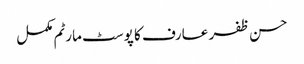
حسن ظفر عارف کا پوسٹ مارٹم مکمل